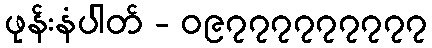
ဖုန်းနံပါတ် - ၀၉၇၇၇၇၇၇၇၇၇